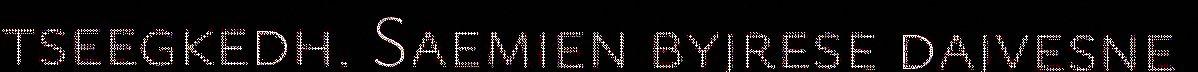
tseegkedh. Saemien byjrese dajvesne